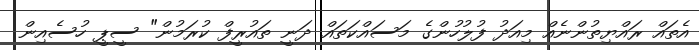
އެތައް ރައްޔިތުންނެއް މިއަދު ފުލުހުންގެ މަސައްކަތައް ދަނީ ތައުރީފް ކުރަމުން" ސީޕީ ހުސެއިން